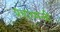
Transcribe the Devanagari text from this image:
प्रचारमन्त्री